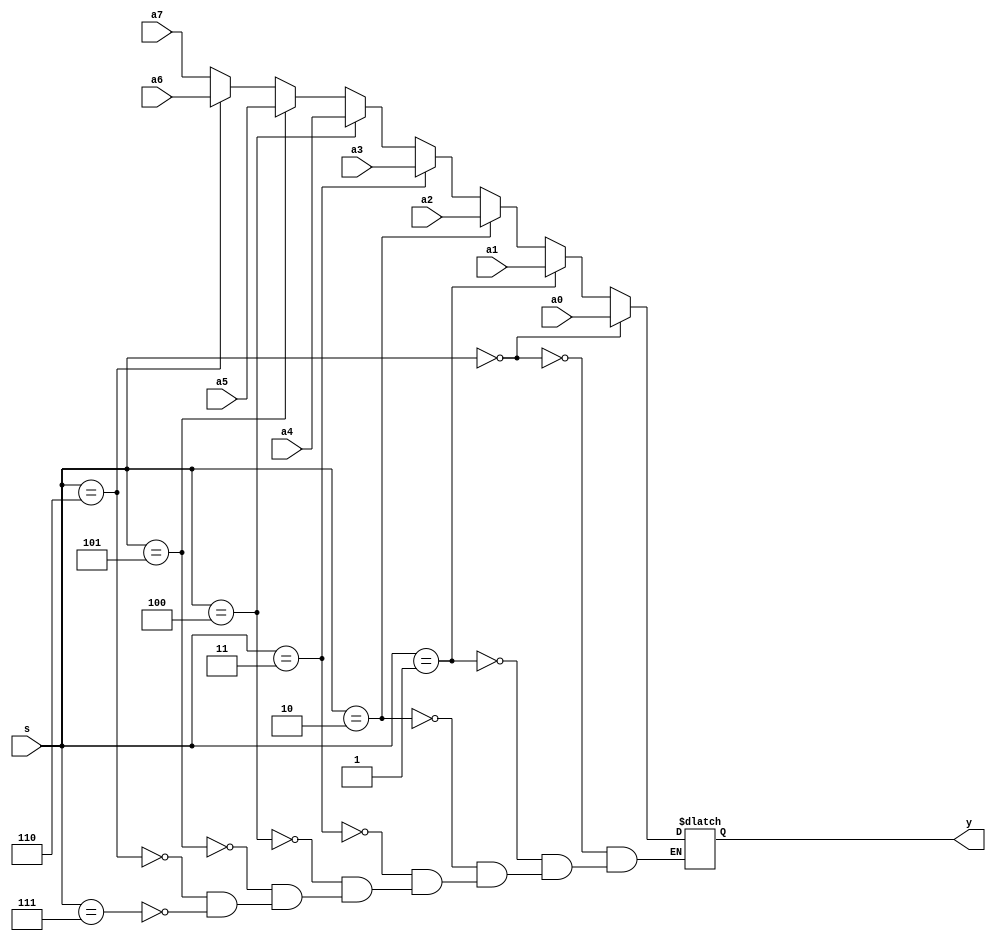
module mux8_1(a7,a6,a5,a4,a3,a2,a1,a0,s,y);
parameter WIDTH = 8; 	
input [WIDTH-1:0] a7,a6,a5,a4,a3,a2,a1,a0;
input [2:0] s; 
output reg [WIDTH-1:0] y; 
	
always @(*)  
begin
if	(s == 3'b000)				
y <= a0;
else if (s == 3'b001) 
y <= a1;
else if (s == 3'b010) 
y <= a2;
else if (s == 3'b011) 
y <= a3;
else if (s == 3'b100) 
y <= a4;
else if (s == 3'b101) 
y <= a5;
else if (s == 3'b110) 
y <= a6;
else if (s == 3'b111) 
y <= a7;
end
endmodule